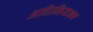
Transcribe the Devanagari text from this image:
अधिनियक्म